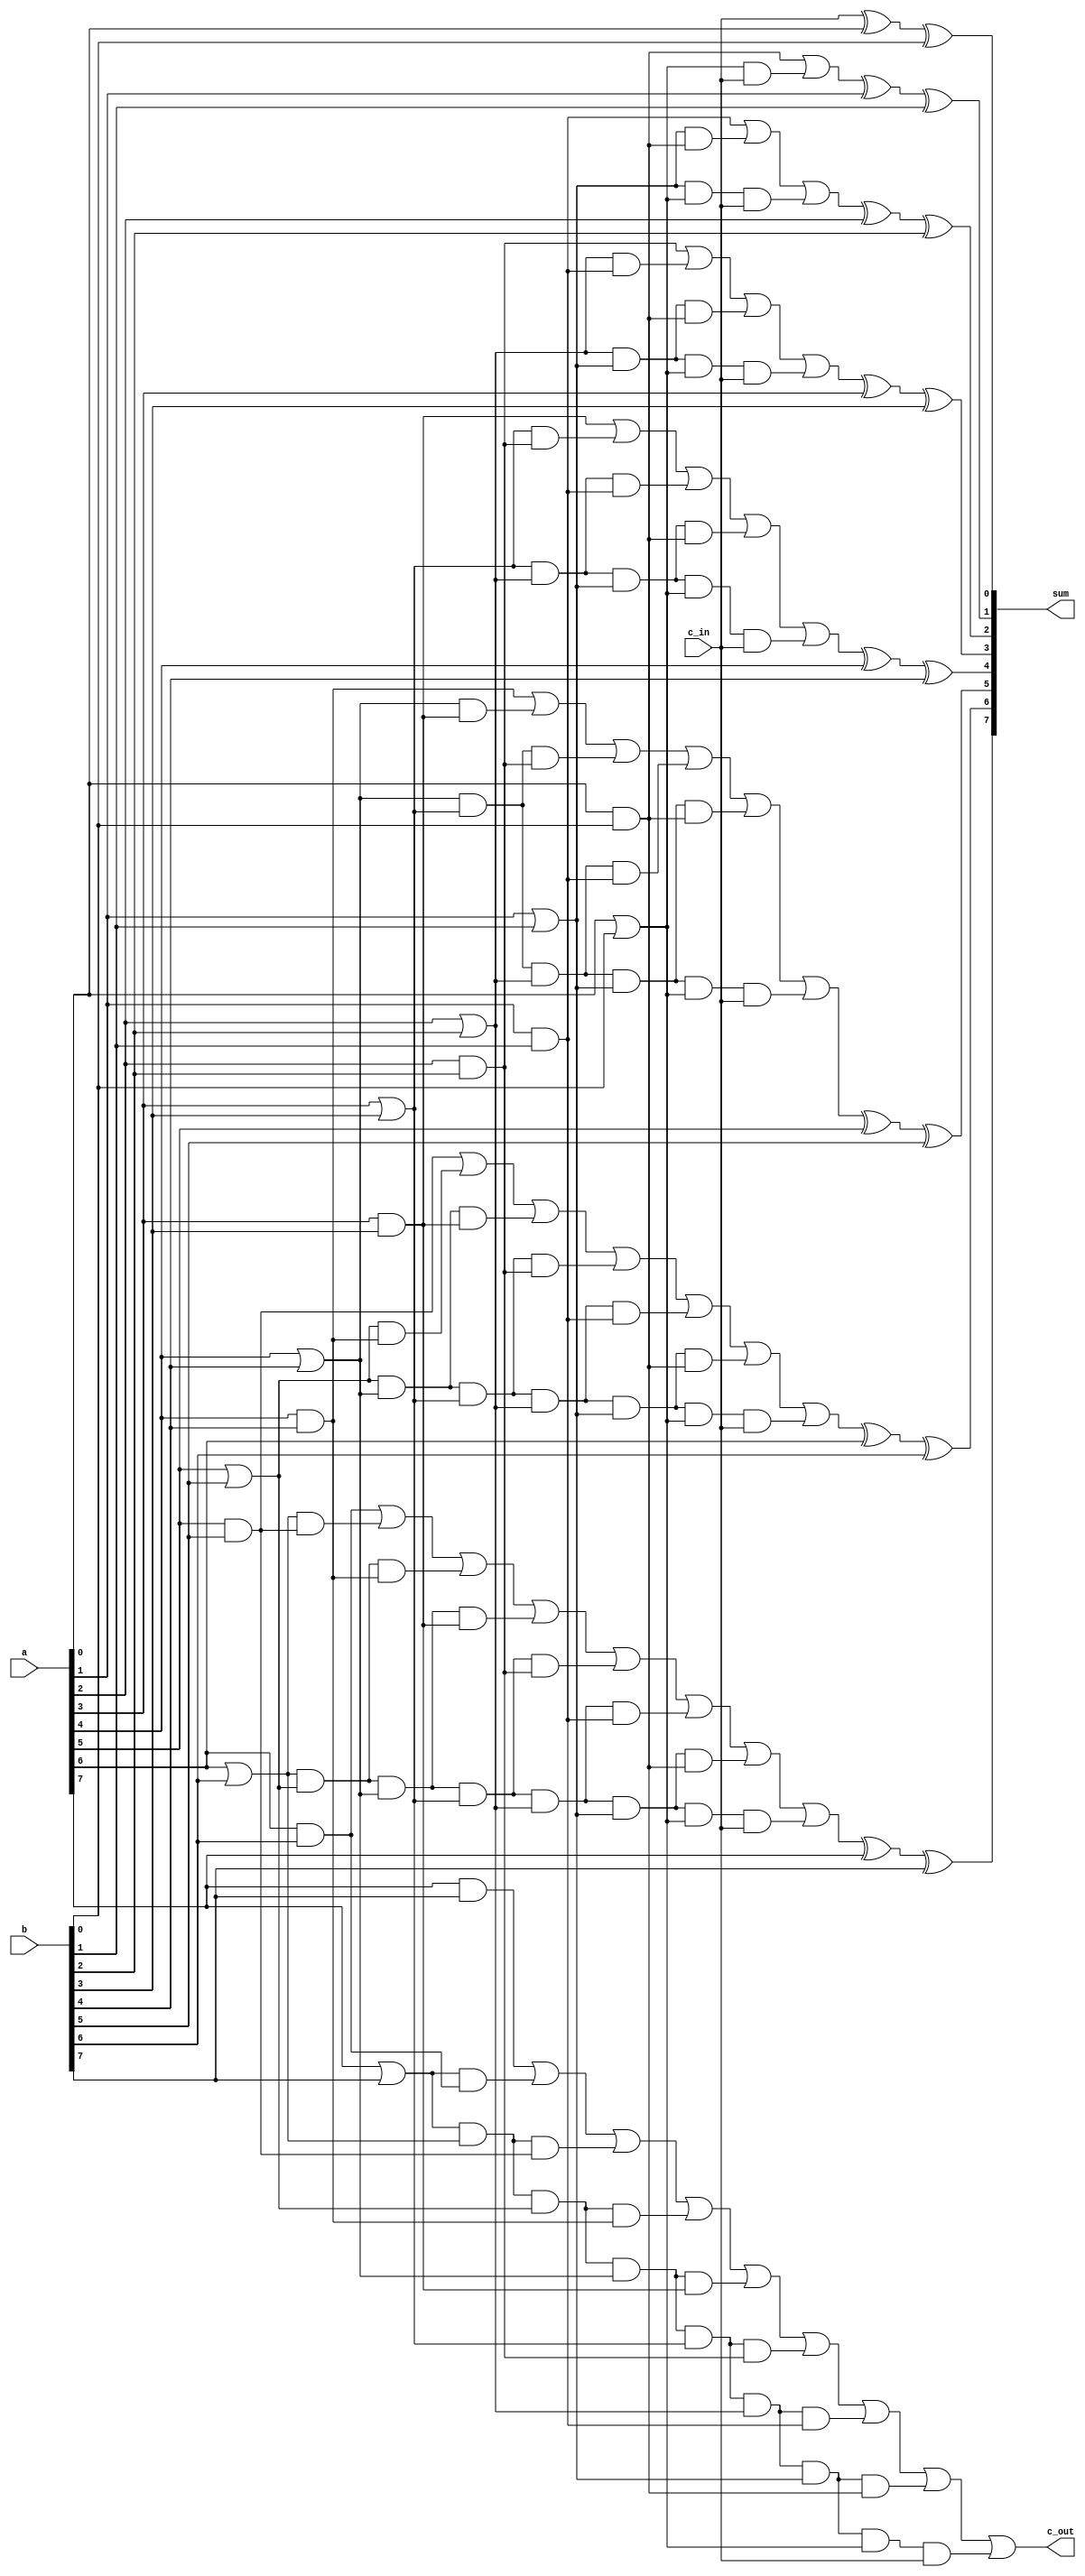
module z_adder_cl_8x1(a, b, c_in, sum, c_out);

   input [7:0] a, b;
   input c_in;

   output [7:0] sum;
   //output c_out;
	output c_out;
	
	wire [7:0] p, g, c;
	wire [35:0] temp;
	
	assign c[0] = c_in;

	genvar i;
	generate
		for (i=0; i<8; i=i+1) begin: loop1
			and my_and(g[i], a[i], b[i]);
			or my_or(p[i], a[i], b[i]);
		end
	endgenerate
	
	
	and c1_calc_and0(temp[0], p[0], c[0]);
	or c1_calc_or0(c[1], g[0], temp[0]);

	and c2_calc_and0(temp[1], p[1], g[0]);
	and c2_calc_and1(temp[2], p[1], p[0], c[0]);
	or c2_calc_or1(c[2], g[1], temp[1], temp[2]);

	and c3_calc_and0(temp[3], p[2], g[1]);
	and c3_calc_and1(temp[4], p[2], p[1], g[0]);
	and c3_calc_and2(temp[5], p[2], p[1], p[0], c[0]);
	or c3_calc_or2(c[3], g[2], temp[3], temp[4], temp[5]);

	and c4_calc_and0(temp[6], p[3], g[2]);
	and c4_calc_and1(temp[7], p[3], p[2], g[1]);
	and c4_calc_and2(temp[8], p[3], p[2], p[1], g[0]);
	and c4_calc_and3(temp[9], p[3], p[2], p[1], p[0], c[0]);
	or c4_calc_or3(c[4], g[3], temp[6], temp[7], temp[8], temp[9]);


	and c5_calc_and0(temp[10], p[4], g[3]);
	and c5_calc_and1(temp[11], p[4], p[3], g[2]);
	and c5_calc_and2(temp[12], p[4], p[3], p[2], g[1]);
	and c5_calc_and3(temp[13], p[4], p[3], p[2], p[1], g[0]);
	and c5_calc_and4(temp[14], p[4], p[3], p[2], p[1], p[0], c[0]);
	or c5_calc_or4(c[5], g[4], temp[10], temp[11], temp[12], temp[13], temp[14]);


	and c6_calc_and0(temp[15], p[5], g[4]);
	and c6_calc_and1(temp[16], p[5], p[4], g[3]);
	and c6_calc_and2(temp[17], p[5], p[4], p[3], g[2]);
	and c6_calc_and3(temp[18], p[5], p[4], p[3], p[2], g[1]);
	and c6_calc_and4(temp[19], p[5], p[4], p[3], p[2], p[1], g[0]);
	and c6_calc_and5(temp[20], p[5], p[4], p[3], p[2], p[1], p[0], c[0]);
	or c6_calc_or5(c[6], g[5], temp[15], temp[16], temp[17], temp[18], temp[19], temp[20]);


	and c7_calc_and0(temp[21], p[6], g[5]);
	and c7_calc_and1(temp[22], p[6], p[5], g[4]);
	and c7_calc_and2(temp[23], p[6], p[5], p[4], g[3]);
	and c7_calc_and3(temp[24], p[6], p[5], p[4], p[3], g[2]);
	and c7_calc_and4(temp[25], p[6], p[5], p[4], p[3], p[2], g[1]);
	and c7_calc_and5(temp[26], p[6], p[5], p[4], p[3], p[2], p[1], g[0]);
	and c7_calc_and6(temp[27], p[6], p[5], p[4], p[3], p[2], p[1], p[0], c[0]);
	or c7_calc_or6(c[7], g[6], temp[21], temp[22], temp[23], temp[24], temp[25], temp[26], temp[27]);
	
	and c8_calc_and0(temp[28], p[7], g[6]);
	and c8_calc_and1(temp[29], p[7], p[6], g[5]);
	and c8_calc_and2(temp[30], p[7], p[6], p[5], g[4]);
	and c8_calc_and3(temp[31], p[7], p[6], p[5], p[4], g[3]);
	and c8_calc_and4(temp[32], p[7], p[6], p[5], p[4], p[3], g[2]);
	and c8_calc_and5(temp[33], p[7], p[6], p[5], p[4], p[3], p[2], g[1]);
	and c8_calc_and6(temp[34], p[7], p[6], p[5], p[4], p[3], p[2], p[1], g[0]);
	and c8_calc_and7(temp[35], p[7], p[6], p[5], p[4], p[3], p[2], p[1], p[0], c[0]);
	or c8_calc_or7(c_out, g[7], temp[28], temp[29], temp[30], temp[31], temp[32], temp[33], temp[34], temp[35]);
	
	//or G_calc_or(G, g[7], temp[28], temp[29], temp[30], temp[31], temp[32], temp[33], temp[34]);
	//and P_calc_and(P, p[7], p[6], p[5], p[4], p[3], p[2], p[1], p[0]);
	
	genvar j;
	generate
		for (j=0; j<8; j=j+1) begin: loop2
			xor my_sum(sum[j], c[j], a[j], b[j]);
		end
	endgenerate
	
	
	
	
endmodule